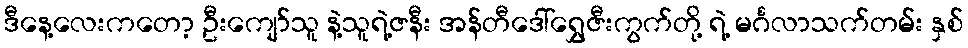
ဒီနေ့လေးကတော့ ဦးကျော်သူ နဲ့သူရဲ့ဇနီး အန်တီဒေါ်ရွှေဇီးကွက်တို့ ရဲ့ မင်္ဂလာသက်တမ်း နှစ်